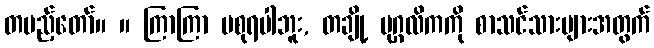
တပည့်တော်။ ။ ကြာကြာ မစုရပါဘူး, တချို့ ပုဂ္ဂလိကကို စာသင်သားများအတွက်